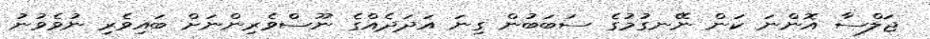
ޖަލްސާ އޮންނަ ކަން ނޭނގުމުގެ ސަބަބުން ގިނަ އަދަދެއްގެ ނޫސްވެރިންނަށް ބައިވެރި ނުވެވުނު